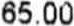
65.00